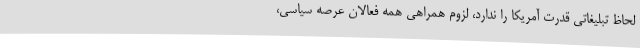
لحاظ تبلیغاتی قدرت آمریکا را ندارد، لزوم همراهی همه فعالان عرصه سیاسی،